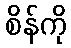
စိန်ကို